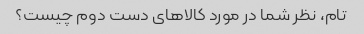
تام، نظر شما در مورد کالاهای دست دوم چیست؟